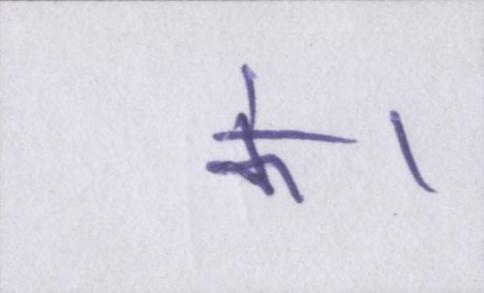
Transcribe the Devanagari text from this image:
के।